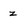
Character: z